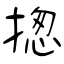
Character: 揔